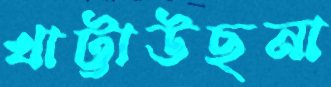
খাট্টাউছনা